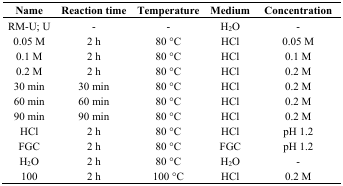
<table><thead><tr><td><b>Name</b></td><td><b>Reaction time</b></td><td><b>Temperature</b></td><td><b>Medium</b></td><td><b>Concentration</b></td></tr></thead><tbody><tr><td>RM-U; U</td><td>-</td><td>-</td><td>H<sub>2</sub>O</td><td>-</td></tr><tr><td>0.05 M</td><td>2 h</td><td>80 °C</td><td>HCl</td><td>0.05 M</td></tr><tr><td>0.1 M</td><td>2 h</td><td>80 °C</td><td>HCl</td><td>0.1 M</td></tr><tr><td>0.2 M</td><td>2 h</td><td>80 °C</td><td>HCl</td><td>0.2 M</td></tr><tr><td>30 min</td><td>30 min</td><td>80 °C</td><td>HCl</td><td>0.2 M</td></tr><tr><td>60 min</td><td>60 min</td><td>80 °C</td><td>HCl</td><td>0.2 M</td></tr><tr><td>90 min</td><td>90 min</td><td>80 °C</td><td>HCl</td><td>0.2 M</td></tr><tr><td>HCl</td><td>2 h</td><td>80 °C</td><td>HCl</td><td>pH 1.2</td></tr><tr><td>FGC</td><td>2 h</td><td>80 °C</td><td>FGC</td><td>pH 1.2</td></tr><tr><td>H<sub>2</sub>O</td><td>2 h</td><td>80 °C</td><td>H<sub>2</sub>O</td><td>-</td></tr><tr><td>100</td><td>2 h</td><td>100 °C</td><td>HCl</td><td>0.2 M</td></tr></tbody></table>